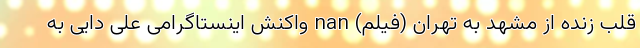
قلب زنده از مشهد به تهران (فیلم) nan واکنش اینستاگرامی علی دایی به